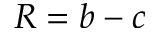
R = b - c